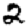
Digit: 2